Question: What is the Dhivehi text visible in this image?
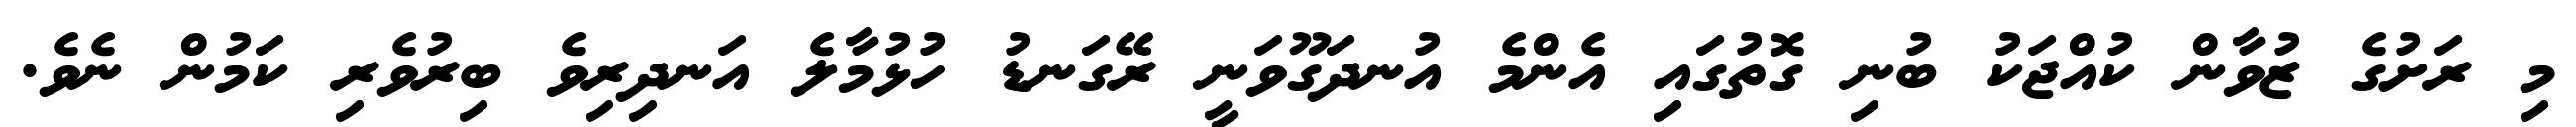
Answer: މި ރަށުގެ ޒުވާން ކުއްޖަކު ބުނި ގޮތުގައި އެންމެ އުނދަގޫވަނީ ރޭގަނޑު ހުޅުމާލެ އަނދިރިވެ ބިރުވެރި ކަމުން ނެވެ.